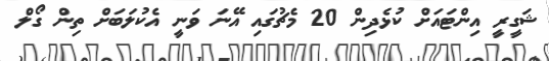
ޝަގީރީ އިންޓައަށް ކުޅެދިން 20 މެޗުގައި އޭނަ ވަނީ އެކުލަބަށް ތިން ގޯލް